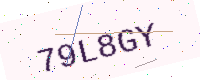
Text: 79L8GY